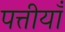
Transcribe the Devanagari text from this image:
पत्तीयाँ